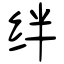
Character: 绊